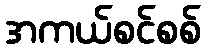
အကယ်စင်စစ်